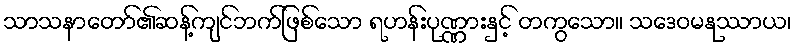
သာသနာတော်၏ဆန့်ကျင်ဘက်ဖြစ်သော ရဟန်းပုဏ္ဏားနှင့် တကွသော။ သဒေဝမနုဿာယ၊